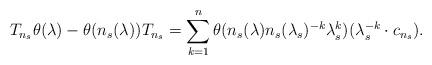
LaTeX: \begin{align*}T_{n_s}\theta(\lambda) - \theta(n_s(\lambda))T_{n_s} = \sum_{k = 1}^n\theta(n_s(\lambda)n_s(\lambda_s)^{-k}\lambda_s^{k})(\lambda_s^{-k}\cdot c_{n_s}).\end{align*}